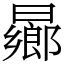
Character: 曏